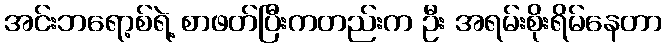
အင်းဘရော့စ်ရဲ့ စာဖတ်ပြီးကတည်းက ဦး အရမ်းစိုးရိမ်နေတာ